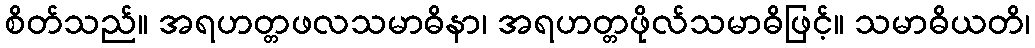
စိတ်သည်။ အရဟတ္တဖလသမာဓိနာ၊ အရဟတ္တဖိုလ်သမာဓိဖြင့်။ သမာဓိယတိ၊